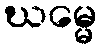
ဃမ္မေ